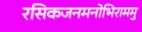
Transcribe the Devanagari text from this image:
रसिकजनमनोभिराममु